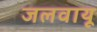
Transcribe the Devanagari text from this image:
जलवायू